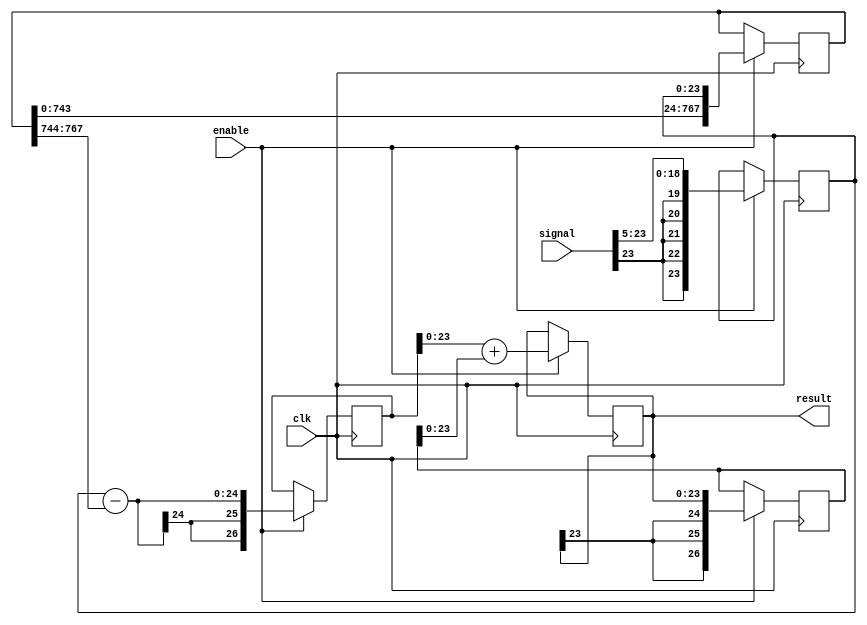
module average_filter (
    clk,
	 enable,
    signal,
	 result
);




parameter AUDIO_DATA_WIDTH  = 6'd24;
parameter NUMBER_OF_SAMPLES = 32; //do not use something like 8'd64 here !!
parameter N = 5; // set it to LOG(NUMBER_OF_SAMPLES)

//calculated parameters dependand on previous parameters
parameter FIFO_WIDTH = NUMBER_OF_SAMPLES * AUDIO_DATA_WIDTH-1;
parameter LAST_SAMPLE_IN_FIFO = (NUMBER_OF_SAMPLES-1) * AUDIO_DATA_WIDTH;

//in out
input													clk;
input													enable;
input			signed [AUDIO_DATA_WIDTH-1:0]	signal;
output reg	signed [AUDIO_DATA_WIDTH-1:0]	result;

//extra registers
reg [FIFO_WIDTH:0] fifo;

reg signed [AUDIO_DATA_WIDTH+2:0] acc;
reg signed [AUDIO_DATA_WIDTH+2:0] tmp;
reg signed [AUDIO_DATA_WIDTH-1:0] data;



always @ (posedge clk ) begin	
	if (enable) begin		  
		//divide input
		data <= signal >>> N ;

		//put it in fifo
		fifo <= {fifo, data};

		tmp <= data - fifo[FIFO_WIDTH:LAST_SAMPLE_IN_FIFO];

		result <= tmp + acc;

		acc <= result;
	end
end

endmodule